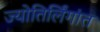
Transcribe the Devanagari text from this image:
ज्योतिर्लिंगांत